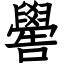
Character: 嚳